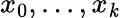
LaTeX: x_{0},...,x_{\mathit{k}}